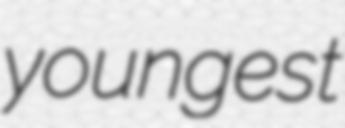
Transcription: youngest